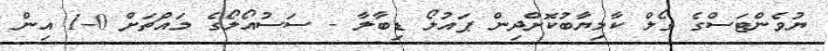
ޔުވެންޓަސްގެ ގޯލް ކާމިޔާބުކޮށްދިން ޕައުލޯ ޑިބާލާ - ސަސުއޯލޯގެ މައްޗަށް 0-1 އިން